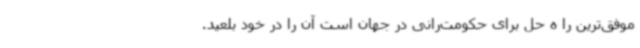
موفق‌ترین را ه حل برای حکومت‌رانی در جهان است آن را در خود بلعید.